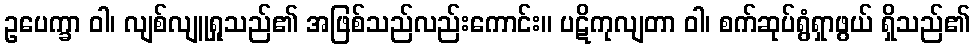
ဥပေက္ခာ ဝါ၊ လျစ်လျူရှုသည်၏ အဖြစ်သည်လည်းကောင်း။ ပဋိကုလျတာ ဝါ၊ စက်ဆုပ်ရွံရှာဖွယ် ရှိသည်၏